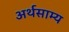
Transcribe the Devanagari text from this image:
अर्थसाम्य